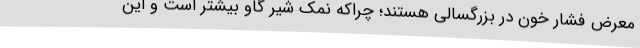
معرض فشار خون در بزرگسالی هستند؛ چراکه نمک شیر گاو بیشتر است و این